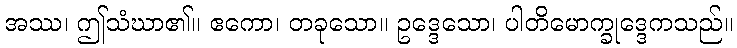
အဿ၊ ဤသံဃာ၏။ ဧကော၊ တခုသော။ ဥဒ္ဒေသော၊ ပါတိမောက္ခုဒ္ဒေကသည်။